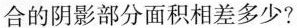
合的阴影部分面积相差多少?